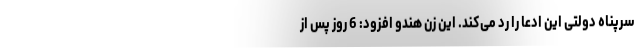
سرپناه دولتی این ادعا را رد می‌کند. این زن هندو افزود: 6 روز پس از